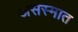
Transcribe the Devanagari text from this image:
असस्मात